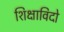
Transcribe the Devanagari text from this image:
शिक्षाविदो